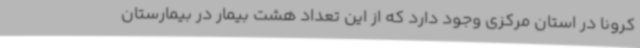
کرونا در استان مرکزی وجود دارد که از این تعداد هشت بیمار در بیمارستان